Sanitation, dispensaries and jails vaccination Rajputana 1922-1927 - 1922-1927
Year: 1922
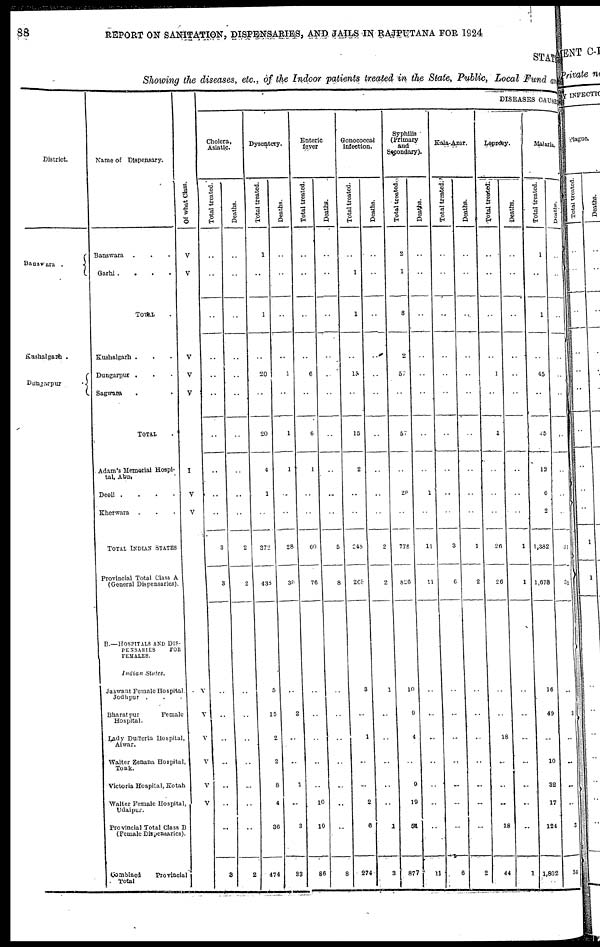
88
REPORT ON SANITATION, DISPENSARIES, AND JAILS IN RAJPUTANA FOR 1924
STATE
Showing the diseases, etc., of the Indoor patients treated in the State, Public, Local Fund and
District.
Banswara
.
Kushalgarh .
Dungarpur
.
Name of Dispensary.
Banswara ...
Garhi
....
TOTAL.
Kushalgarh ...
Dungarpur ...
Sagwara ...
TOTAL .
Adam's Memorial Hospi-
tal, Abu.
Deoli
....
Kherwara ...
TOTAL INDIAN STATES
Provincial Total Class A
(General Dispensaries).
B.—HOSPITALS AND DIS-
---------
FOR
FEMALES.
Indian
States.
Jaswant Female Hospital,
Jodhpur ...
Bharatpur
Female
Hospital.
Lady Dufferin Hospital,
Alwar.
Walter Zenana Hospital,
Tonk.
Victoria Hospital, Kotah
Walter Female Hospital,
Udaipur.
Provincial Total Class B
(Female Dispensaries).
Combined
Provincial
Total
Of what Class.
V
V
V
V
V
I
V
V
V
V
V
V
V
V
DISEASES CAUSE
Cholera,
Asiatic.
Total treated.
..
..
..
..
..
..
..
..
..
..
3
3
..
..
..
..
..
..
..
3
Deaths.
..
..
..
..
..
..
..
..
..
..
2
2
..
..
..
..
..
..
..
2
Dysentery.
Total treated.
1
..
1
..
20
..
20
4
1
..
372
438
5
15
2
2
8
4
36
474
Deaths.
..
..
..
..
1
..
1
1
..
..
28
30
..
2
..
..
1
..
3
33
Enteric
fever
Total treated.
..
..
..
..
6
..
6
1
..
..
60
76
..
..
..
..
..
10
10
86
Deaths.
..
..
..
..
..
..
..
..
..
..
5
8
..
..
..
..
..
..
..
8
Gonococcal
infection.
Total treated.
..
1
1
..
15
..
15
2
..
..
248
268
3
..
1
..
..
2
6
274
Deaths.
..
..
..
..
..
..
..
..
..
..
2
2
1
..
..
..
..
..
1
3
Syphilis
(Primary
and
Secondary).
Total treated.
2
1
3
2
57
..
57
..
20
..
778
826
10
9
4
..
9
19
58
877
Deaths.
..
..
..
..
..
..
..
..
1
..
11
11
..
..
..
..
..
..
..
11
Kala-Azar.
Total treated.
..
..
..
..
..
..
..
..
..
..
3
6
..
..
..
..
..
..
..
6
Deaths.
..
..
..
..
..
..
..
..
..
..
1
2
..
..
..
..
..
..
..
2
Leprosy.
Total treated.
..
..
..
..
1
..
1
..
..
..
26
26
..
..
18
..
..
..
18
44
Deaths.
..
..
..
..
..
..
..
..
..
..
1
1
..
..
..
..
..
..
..
1
Malaria.
Total treated.
1
..
1
..
45
..
45
12
6
2
1,382
1,678
16
49
..
10
32
17
124
1,802
Deaths.
..
..
..
..
..
..
..
..
..
..
31
31
..
3
..
..
..
..
3
34